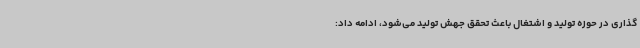
گذاری در حوزه تولید و اشتغال باعث تحقق جهش تولید می‌شود، ادامه داد: